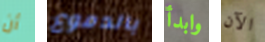
أن بالدموع وابدأ الآن